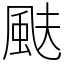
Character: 颫